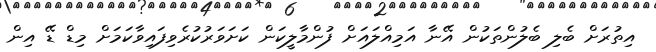
އިތުރަށް ބެލި ބެލުންތަކުން އޭނާ އަމިއްލައަށް ފުންމާލީކަން ކަށަވަރުކުރެވިފައިވާކަމަށް މިޑް ޑޭ އިން